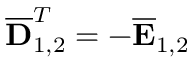
\overline { { \mathbf { D } } } _ { 1 , 2 } ^ { T } = - \overline { { \mathbf { E } } } _ { 1 , 2 }